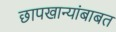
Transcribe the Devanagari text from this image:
छापखान्यांबाबत